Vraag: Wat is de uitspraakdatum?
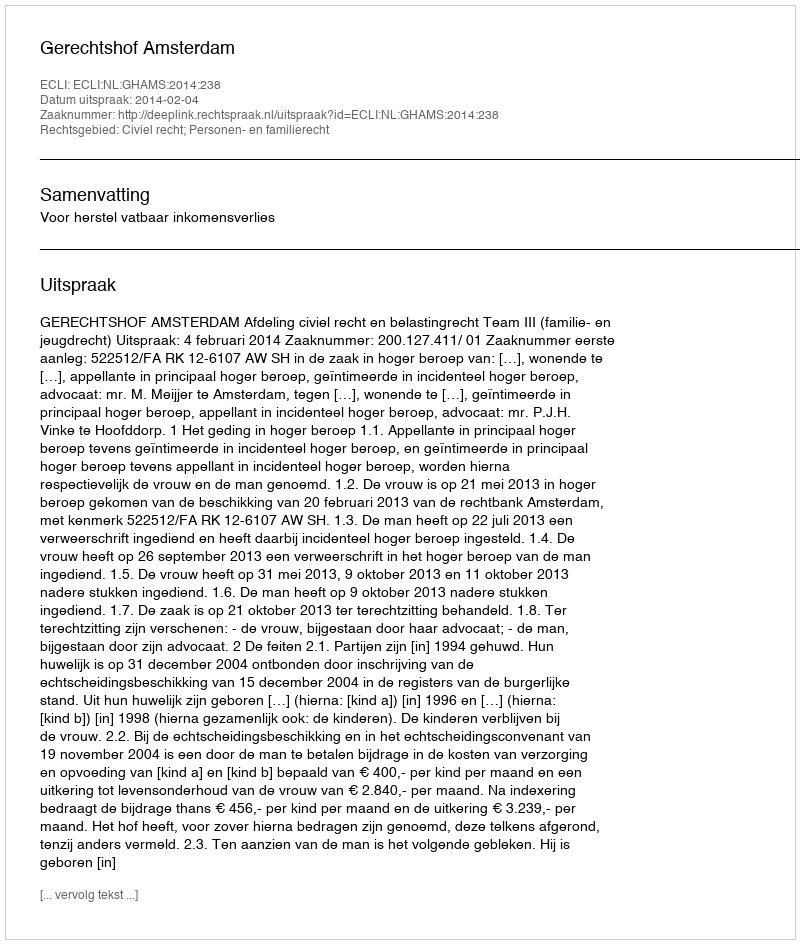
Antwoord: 2014-02-04